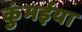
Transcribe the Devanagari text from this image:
कुंमईया